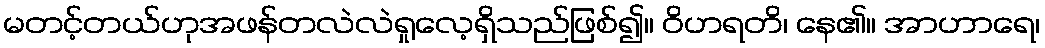
မတင့်တယ်ဟုအဖန်တလဲလဲရှုလေ့ရှိသည်ဖြစ်၍။ ဝိဟရတိ၊ နေ၏။ အာဟာရေ၊